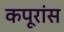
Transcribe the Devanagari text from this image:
कपूरांस